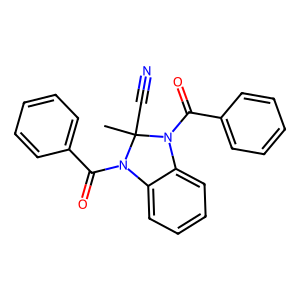
SMILES: CC1(C#N)N(C(=O)c2ccccc2)c2ccccc2N1C(=O)c1ccccc1
Inhibits HIV replication: No